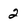
Character: 2